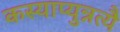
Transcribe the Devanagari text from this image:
कस्याप्युन्नत्यै